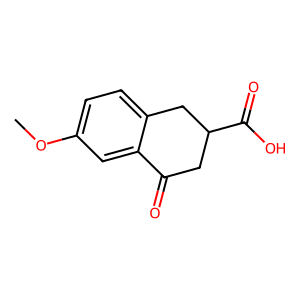
SMILES: COc1ccc2c(c1)C(=O)CC(C(=O)O)C2
Inhibits HIV replication: No